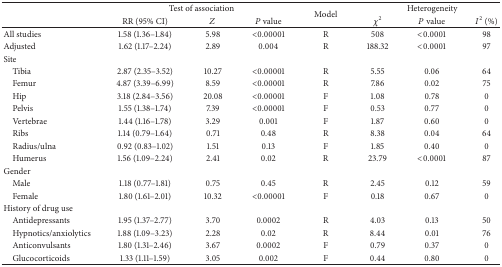
<table><thead><tr><td><b> </b></td><td colspan="3"><b>Test of association</b></td><td rowspan="2"><b>Model</b></td><td colspan="3"><b>Heterogeneity</b></td></tr><tr><td><b> </b></td><td><b>RR (95% CI)</b></td><td><b><i>Z</i></b></td><td><b><i>P</i> value</b></td><td><b><i>χ</i><sup>2</sup></b></td><td><b><i>P</i> value</b></td><td><b><i>I</i><sup>2</sup> (%)</b></td></tr></thead><tbody><tr><td>All studies</td><td>1.58 (1.36–1.84)</td><td>5.98</td><td>&lt;0.00001</td><td>R</td><td>508</td><td>&lt;0.0001</td><td>98</td></tr><tr><td>Adjusted</td><td>1.62 (1.17–2.24)</td><td>2.89</td><td>0.004</td><td>R</td><td>188.32</td><td>&lt;0.0001</td><td>97</td></tr><tr><td>Site</td><td> </td><td> </td><td> </td><td> </td><td> </td><td> </td><td> </td></tr><tr><td> Tibia</td><td>2.87 (2.35–3.52)</td><td>10.27</td><td>&lt;0.00001</td><td>R</td><td>5.55</td><td>0.06</td><td>64</td></tr><tr><td> Femur</td><td>4.87 (3.39–6.99)</td><td>8.59</td><td>&lt;0.00001</td><td>R</td><td>7.86</td><td>0.02</td><td>75</td></tr><tr><td> Hip</td><td>3.18 (2.84–3.56)</td><td>20.08</td><td>&lt;0.00001</td><td>F</td><td>1.08</td><td>0.78</td><td>0</td></tr><tr><td> Pelvis</td><td>1.55 (1.38–1.74)</td><td>7.39</td><td>&lt;0.00001</td><td>F</td><td>0.53</td><td>0.77</td><td>0</td></tr><tr><td> Vertebrae</td><td>1.44 (1.16–1.78)</td><td>3.29</td><td>0.001</td><td>F</td><td>1.87</td><td>0.60</td><td>0</td></tr><tr><td> Ribs</td><td>1.14 (0.79–1.64)</td><td>0.71</td><td>0.48</td><td>R</td><td>8.38</td><td>0.04</td><td>64</td></tr><tr><td> Radius/ulna</td><td>0.92 (0.83–1.02)</td><td>1.51</td><td>0.13</td><td>F</td><td>1.85</td><td>0.40</td><td>0</td></tr><tr><td> Humerus</td><td>1.56 (1.09–2.24)</td><td>2.41</td><td>0.02</td><td>R</td><td>23.79</td><td>&lt;0.0001</td><td>87</td></tr><tr><td>Gender</td><td> </td><td> </td><td> </td><td> </td><td> </td><td> </td><td> </td></tr><tr><td> Male</td><td>1.18 (0.77–1.81)</td><td>0.75</td><td>0.45</td><td>R</td><td>2.45</td><td>0.12</td><td>59</td></tr><tr><td> Female</td><td>1.80 (1.61–2.01)</td><td>10.32</td><td>&lt;0.00001</td><td>F</td><td>0.18</td><td>0.67</td><td>0</td></tr><tr><td>History of drug use</td><td> </td><td> </td><td> </td><td> </td><td> </td><td> </td><td> </td></tr><tr><td> Antidepressants</td><td>1.95 (1.37–2.77)</td><td>3.70</td><td>0.0002</td><td>R</td><td>4.03</td><td>0.13</td><td>50</td></tr><tr><td> Hypnotics/anxiolytics</td><td>1.88 (1.09–3.23)</td><td>2.28</td><td>0.02</td><td>R</td><td>8.44</td><td>0.01</td><td>76</td></tr><tr><td> Anticonvulsants</td><td>1.80 (1.31–2.46)</td><td>3.67</td><td>0.0002</td><td>F</td><td>0.79</td><td>0.37</td><td>0</td></tr><tr><td> Glucocorticoids</td><td>1.33 (1.11–1.59)</td><td>3.05</td><td>0.002</td><td>F</td><td>0.44</td><td>0.80</td><td>0</td></tr></tbody></table>